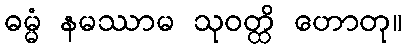
ဓမ္မံ နမဿာမ သုဝတ္ထိ ဟောတု။